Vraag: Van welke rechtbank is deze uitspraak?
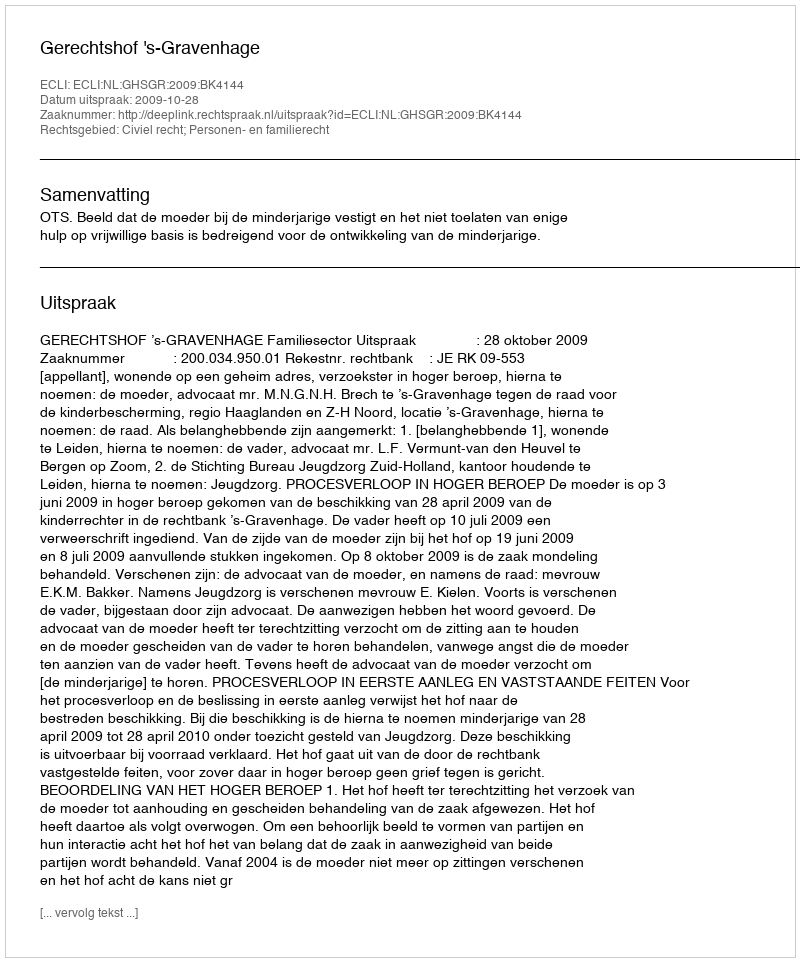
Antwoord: Gerechtshof 's-Gravenhage